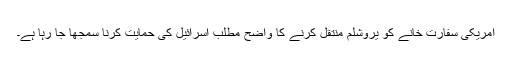
امریکی سفارت خانے کو یروشلم منتقل کرنے کا واضح مطلب اسرائیل کی حمایت کرنا سمجھا جا رہا ہے۔